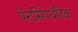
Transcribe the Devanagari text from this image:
पॅरासिंपथॅटिक